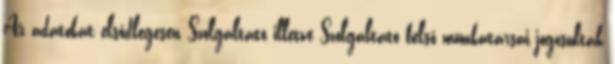
Az adatokat elsődlegesen Szolgáltató illetve Szolgáltató belső munkatársai jogosultak